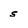
Character: s